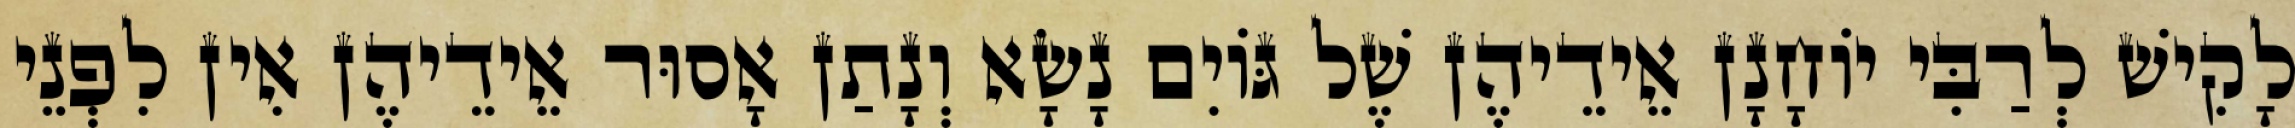
לָקִישׁ לְרַבִּי יוֹחָנָן אֵידֵיהֶן שֶׁל גּוֹיִם נָשָׂא וְנָתַן אָסוּר אֵידֵיהֶן אִין לִפְנֵי